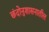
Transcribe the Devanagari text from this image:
छंदोनुशासनातील